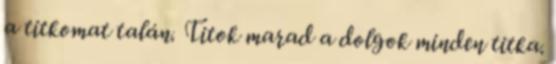
a titkomat talán. Titok marad a dolgok minden titka.